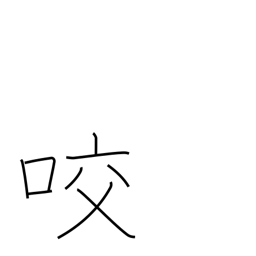
Meaning: gear with